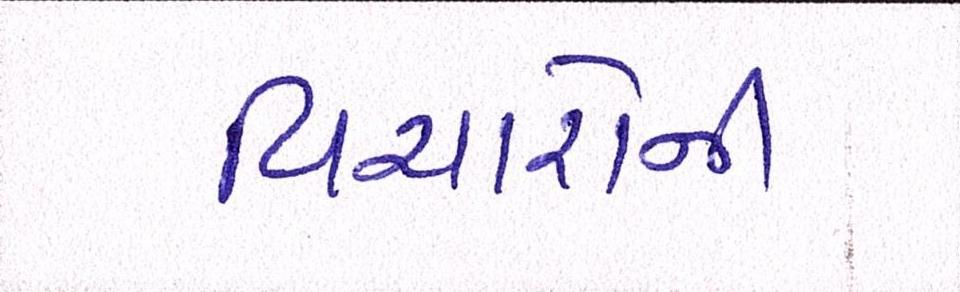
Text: વિચારોની